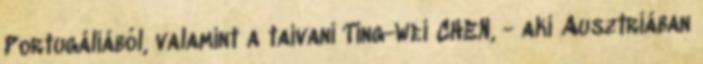
Portugáliából, valamint a taivani Ting-Wei CHEN, - aki Ausztriában